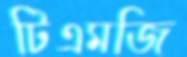
টিএমজি